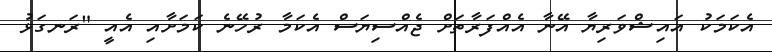
އެކަމަކު އައިޝްވަރިޔާ އޭނާ އެއްފަރާތަށް ޖެއްސިޔަސް އެކަމާ ރުހޭނެ ކަމަށާއި އެއީ "ރަނގަޅު